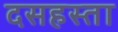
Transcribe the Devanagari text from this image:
दसहस्ता